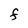
Character: F